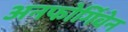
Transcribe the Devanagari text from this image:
अनफोर्गिवेन